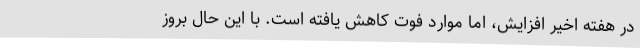
در هفته اخیر افزایش، اما موارد فوت کاهش یافته است. با این حال بروز